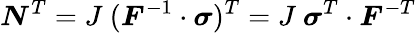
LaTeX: {\boldsymbol{N}}^{T}=J~({\boldsymbol{F}}^{-1}\cdot{\boldsymbol{\sigma}})^{T}=J~{\boldsymbol{\sigma}}^{T}\cdot{\boldsymbol{F}}^{-T}